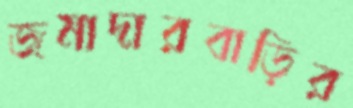
জমাদারবাড়ির